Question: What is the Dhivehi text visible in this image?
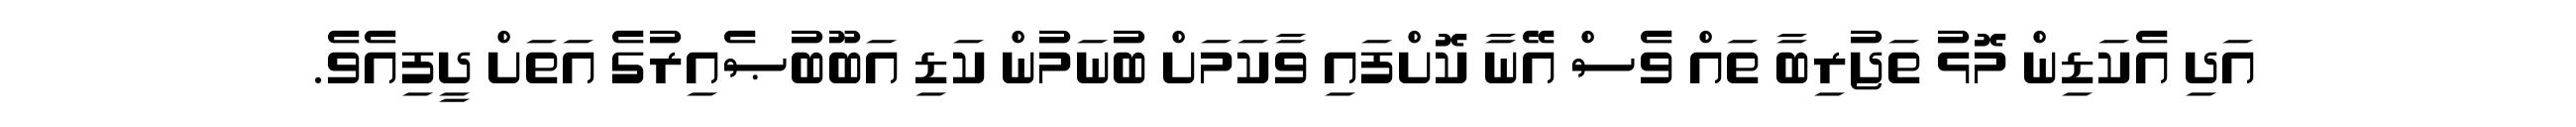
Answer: އަދި އެކަޑިން މޮޅު ތަޖުރިބާ ތައް ވެސް އޭނާ ކޮށްފައި ވާކަމަށް ބުނަމުން ކަޑި އަބޫބުޞެއިރުގެ އަތަށް ދީފިއެވެ.